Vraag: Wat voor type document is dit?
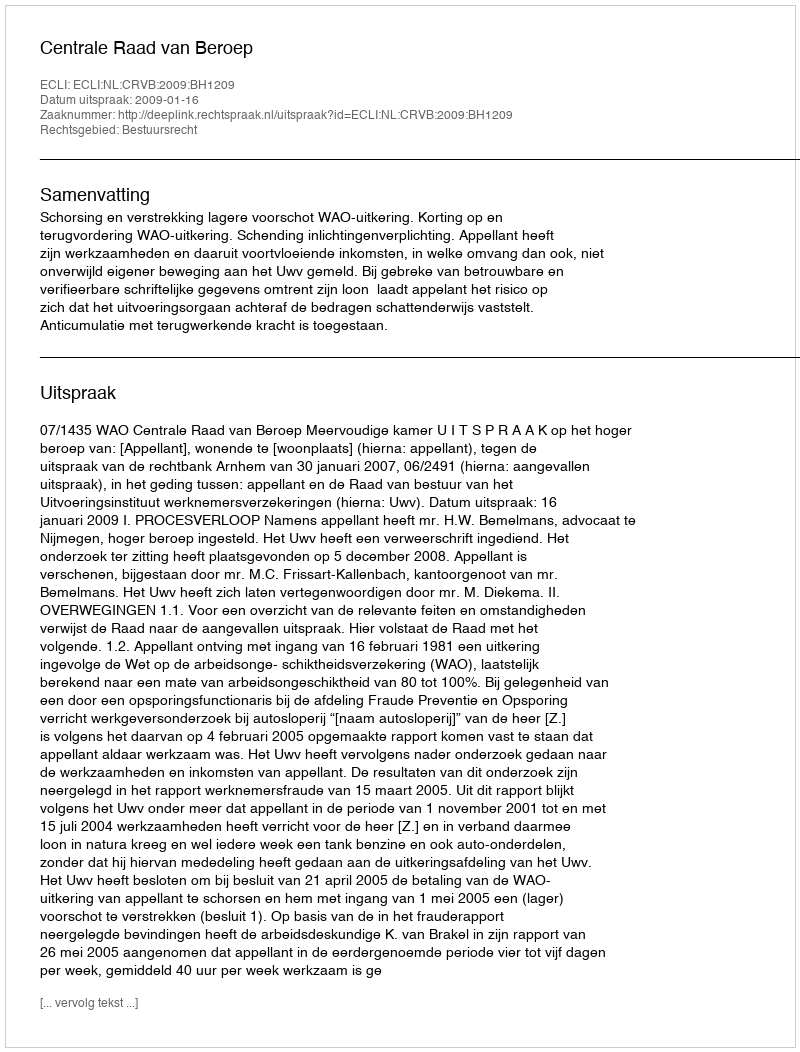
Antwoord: Uitspraak